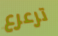
ترعرع